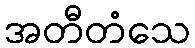
အတီတံသေ